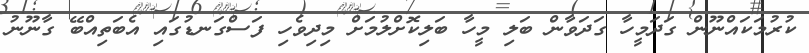
ކުރުމަކައްނޫން ގަދަމީހާ ގަދަވާން ބަލި މީހާ ބަލިކޮށްލުމަށް މިދިވެހި ފަސްގަނޑުގައި އެބަތިއްބޭ ގާނޫނު